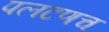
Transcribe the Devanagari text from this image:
पलटणच